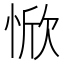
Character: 惞